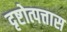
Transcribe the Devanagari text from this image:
दृष्टोत्पत्तास